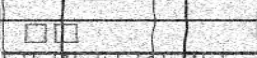
٢٤